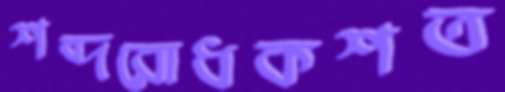
শব্দরোধকশত